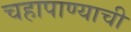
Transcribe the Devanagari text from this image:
चहापाण्याची